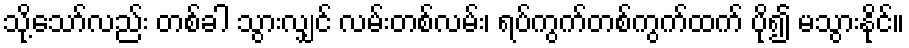
သို့သော်လည်း တစ်ခါ သွားလျှင် လမ်းတစ်လမ်း၊ ရပ်ကွက်တစ်ကွက်ထက် ပို၍ မသွားနိုင်။